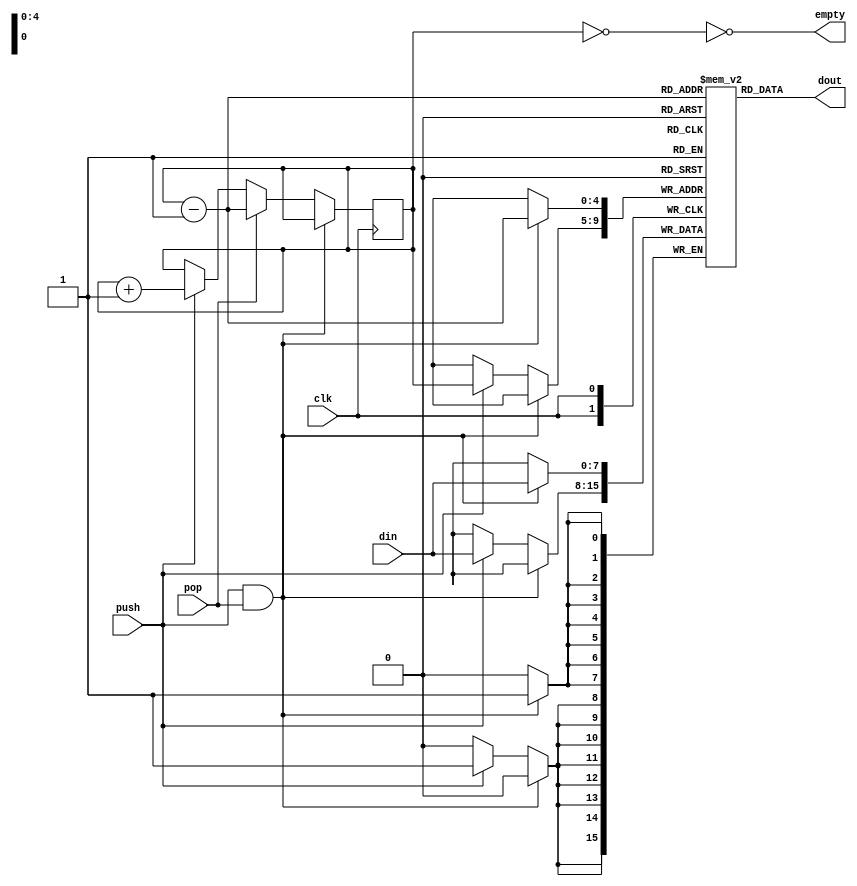
module Stack (clk, din, dout, push, pop, empty);
    
    parameter size = 8;
    input push, pop, clk;
    input [size-1:0] din;
    output empty;

    output reg [size-1:0] dout;
    
    reg [size-1:0] file[31:0];
    reg [4:0] top = 0;

    always @(posedge clk) begin
        if(push & pop) begin
            file[top - 1] <= din;
        end
        else begin
            if(push) begin
                top <= top + 1;
                file[top] <= din;
            end
            if(pop)
                top <= top - 1;

        end
    end
    
    assign empty = ~(top == 0);
    assign dout = file[top - 1];
endmodule